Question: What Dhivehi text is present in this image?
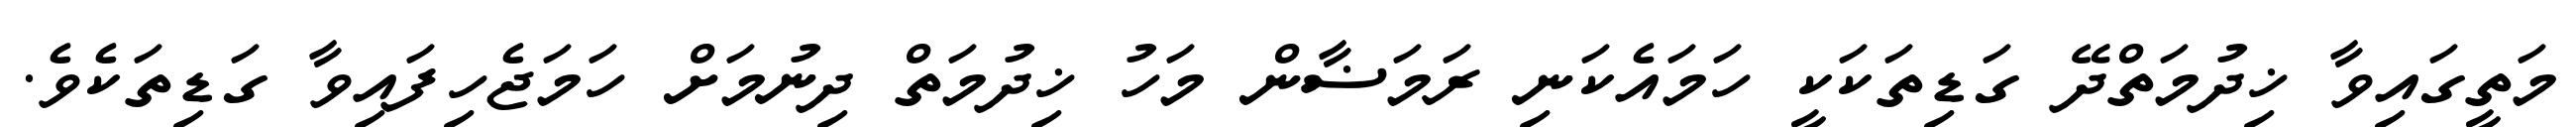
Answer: މަތީގައިވާ ޚިދުމަތްދޭ ގަޑިތަކަކީ ހަމައެކަނި ރަމަޟާން މަހު ޚިދުމަތް ދިނުމަށް ހަމަޖެހިފައިވާ ގަޑިތަކެވެ.